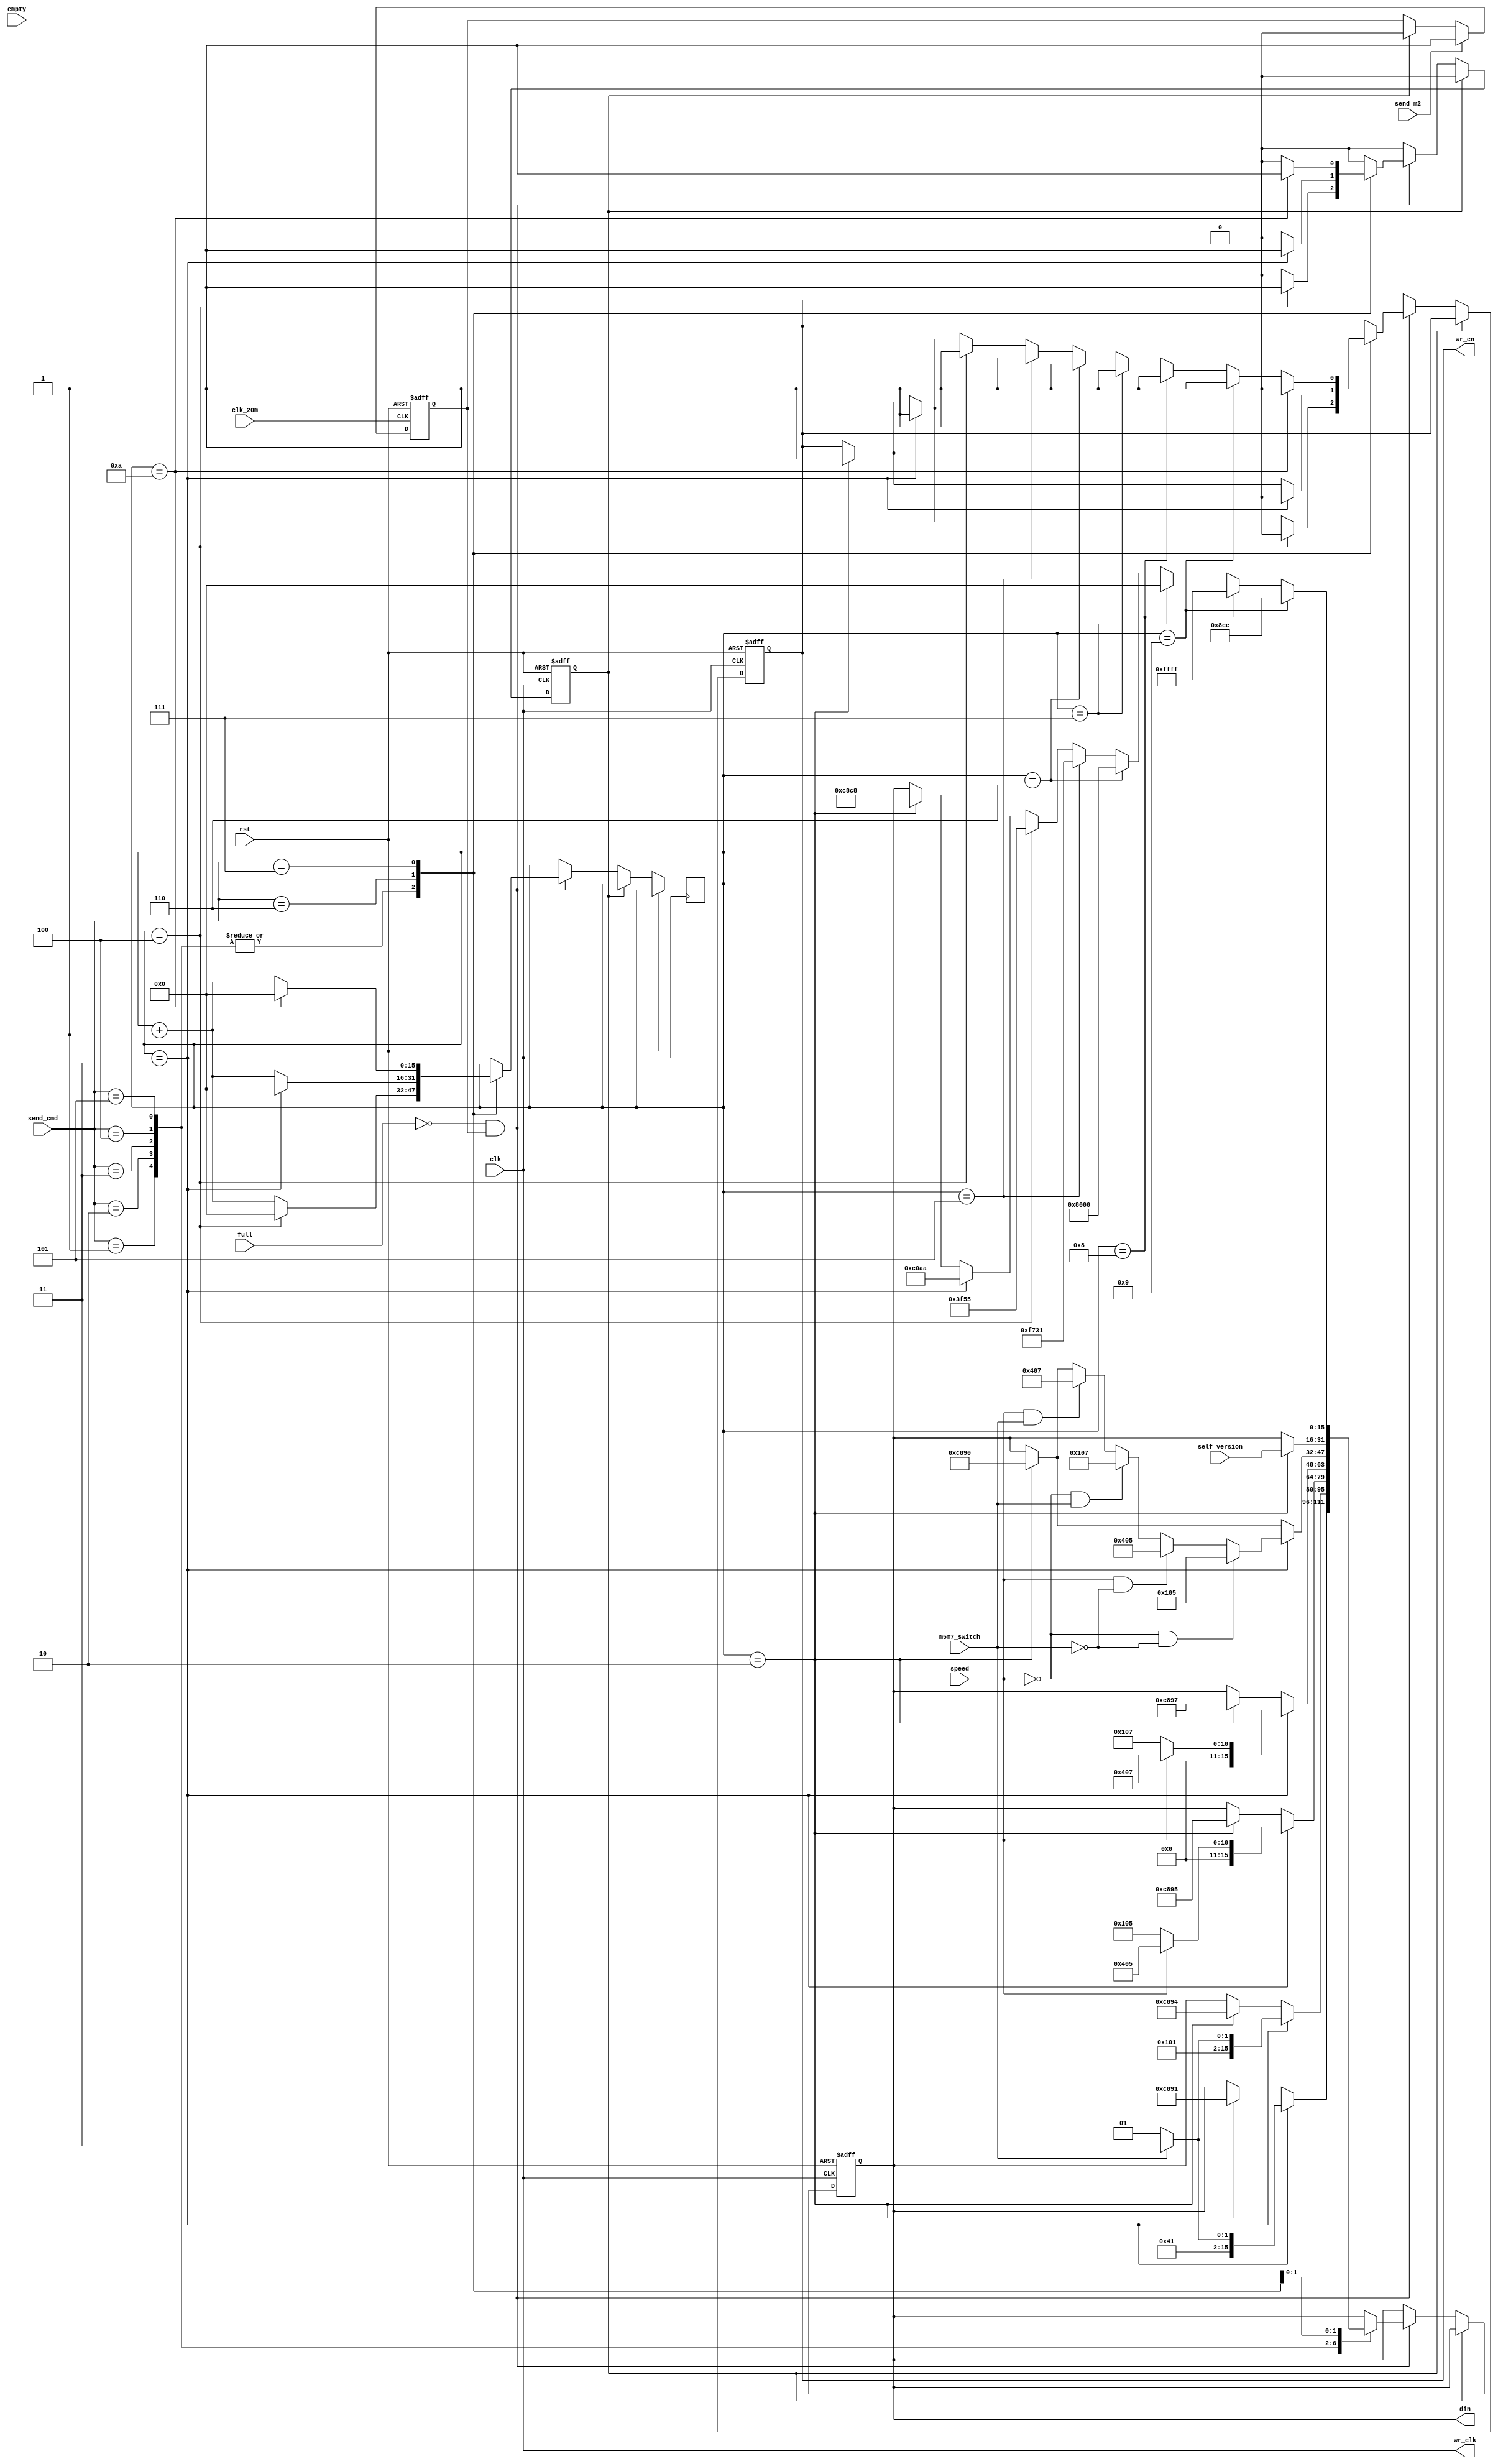
`timescale 1ns / 1ps
//////////////////////////////////////////////////////////////////////////////////
// 
//////////////////////////////////////////////////////////////////////////////////


module write_fifo(
    input clk,
    input clk_20m,
    input rst,
    input [15:0]self_version,
    input speed,
    input m5m7_switch,
    input [2:0]send_cmd,
    input send_m2,
    input empty,
    input full,
    output wr_clk,
    output wr_en,
    output [15:0] din
    );

reg [15:0]counter = 16'd0;
reg [15:0]data = 16'd0;
reg en = 1'b0;
reg start , stop;
reg [3:0] send_cmd_t1,send_cmd_t2;

assign wr_clk = clk;
assign wr_en = en;
assign din = data;

always@(posedge clk_20m or posedge rst)
begin
    if(rst)
    begin
        send_cmd_t1 <= 4'd0;
        send_cmd_t2 <= 4'd0;
        start <= 1'b0;
    end
    else
    begin
        send_cmd_t1 <= send_cmd;
        send_cmd_t2 <= send_cmd_t1;
        if(send_m2)
        begin
            start <= 1'b1;
        end
        else if(stop)
            start <= 1'b0;
    end
end

always @(posedge clk or posedge rst)
begin
    if(rst)
    begin
        en <= 1'b0;
        data <= 16'd0;
        stop <= 1'b0;
    end
    else
    begin
        if(stop)
            stop <= 1'b0;
        else
        if(!full && start)
        begin
        case(send_cmd)
        4'd1:
        begin
            if(counter == 16'd2)
            begin
                en <= 1'b1;
                data <= 16'hc891;//0xc891
            end
            if(counter == 16'd3)
            begin
                en <= 1'b1;
                if(m5m7_switch == 1'b0)
                    data <= 16'h0105;
                else
                    data <= 16'h0107;
            end
            if(counter == 16'd4)
            begin
                en <= 1'b0;
                counter <= 16'd0;
                stop <= 1'b1;
            end
            else
                counter <= counter + 1'b1;
        end
        
        4'd2:
         begin
            if(counter == 16'd2)
            begin
                en <= 1'b1;
                data <= 16'hc894;//0xc894
            end
            if(counter == 16'd3)
            begin
                en <= 1'b1;
                if(m5m7_switch == 1'b0)
                    data <= 16'h0405;
                else
                    data <= 16'h0407;
            end
            if(counter == 16'd4)
            begin
                en <= 1'b0;
                counter <= 16'd0;
                stop <= 1'b1;
            end
            else
                counter <= counter + 1'b1;
        end
        
        4'd3:
         begin
            if(counter == 16'd2)
            begin
                en <= 1'b1;
                data <= 16'hc895;//0xc895
            end
            if(counter == 16'd3)
            begin
                en <= 1'b1;
                if(speed == 1'b0)
                    data <= 16'h0105;
                else
                    data <= 16'h0405;
            end
            if(counter == 16'd4)
            begin
                en <= 1'b0;
                counter <= 16'd0;
                stop <= 1'b1;
            end
            else
                counter <= counter + 1'b1;
        end
        
        4'd4:
         begin
            if(counter == 16'd2)
            begin
                en <= 1'b1;
                data <= 16'hc897;//0xc897
            end
            if(counter == 16'd3)
            begin
                en <= 1'b1;
                if(speed == 1'b0)
                    data <= 16'h0107;
                else
                    data <= 16'h0407;
            end
            if(counter == 16'd4)
            begin
                en <= 1'b0;
                counter <= 16'd0;
                stop <= 1'b1;
            end
            else
                counter <= counter + 1'b1;
        end
        
        4'd5:
        begin
            if(counter == 16'd2)
            begin
                en <= 1'b1;
                data <= 16'hc890;//0xc897
            end
            if(counter == 16'd3)
            begin
                en <= 1'b1;
                if(speed == 1'b0 && m5m7_switch == 1'b0)
                    data <= 16'h0105;
                else if(speed == 1'b1 && m5m7_switch == 1'b0)
                    data <= 16'h0405;
                else if(speed == 1'b0 && m5m7_switch == 1'b1)
                    data <= 16'h0107;
                else if(speed == 1'b1 && m5m7_switch == 1'b1)
                    data <= 16'h0407;
            end
            if(counter == 16'd4)
            begin
                en <= 1'b0;
                counter <= 16'd0;
                stop <= 1'b1;
            end
            else
                counter <= counter + 1'b1;
        end
        
        4'd6:
        begin
            if(counter == 16'd2)
            begin
                en <= 1'b1;
                data <= self_version;
            end
            if(counter == 16'd3)
            begin
                en <= 1'b0;
                counter <= 16'd0;
                stop <= 1'b1;
            end
            else
                counter <= counter + 1'b1;
        end
        
        4'd7:
        begin
            if(counter == 16'd2)
            begin
                en <= 1'b1;
                data <= 16'hc8c8;
            end
            if(counter == 16'd3)
            begin
                en <= 1'b1;
                data <= 16'hc0aa;
            end
            if(counter == 16'd4)
            begin
                en <= 1'b1;
                data <= 16'h3f55;
            end
            if(counter == 16'd5)
            begin
                en <= 1'b1;
                data <= 16'hf731;
            end
            if(counter == 16'd6)
            begin
                en <= 1'b1;
                data <= 16'h8000;
            end
            if(counter == 16'd7)
            begin
                en <= 1'b1;
                data <= 16'h0000;
            end
            if(counter == 16'd8)
            begin
                en <= 1'b1;
                data <= 16'hffff;
            end
            if(counter == 16'd9)
            begin
                en <= 1'b1;
                data <= 16'h08ce;
            end
            
            if(counter == 16'd10)
            begin
                en <= 1'b0;
                counter <= 16'd0;
                stop <= 1'b1;
            end
            else
                counter <= counter + 1'b1;
        end
        
        endcase
     
        end
    end
end


endmodule